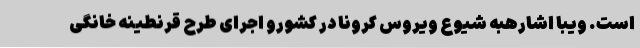
است. ویبا اشارهبه شیوع ویروس کرونا در کشورو اجرای طرح قرنطینه خانگی